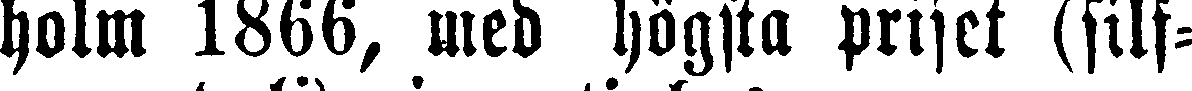
holm 1866, med högsta priset (sils-